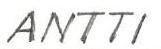
ANTTI